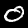
Label: 0